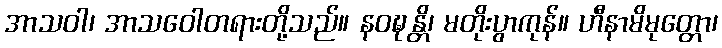
အာသဝါ၊ အာသဝေါတရားတို့သည်။ နဝဍ္ဎန္တိ၊ မတိုးပွာကုန်။ ဟီနာမိမုတ္တော၊